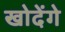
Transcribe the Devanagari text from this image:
खोदेंगे